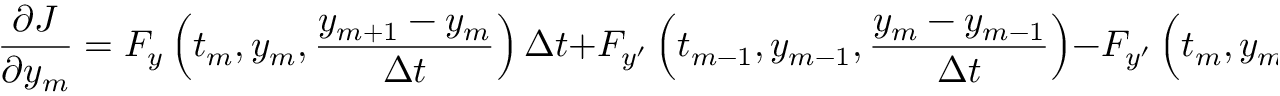
{ \frac { \partial J } { \partial y _ { m } } } = F _ { y } \left( t _ { m } , y _ { m } , { \frac { y _ { m + 1 } - y _ { m } } { \Delta t } } \right) \Delta t + F _ { y ^ { \prime } } \left( t _ { m - 1 } , y _ { m - 1 } , { \frac { y _ { m } - y _ { m - 1 } } { \Delta t } } \right) - F _ { y ^ { \prime } } \left( t _ { m } , y _ { m } , { \frac { y _ { m + 1 } - y _ { m } } { \Delta t } } \right) .